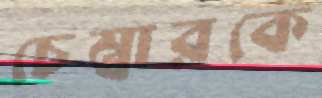
চেম্বারকে